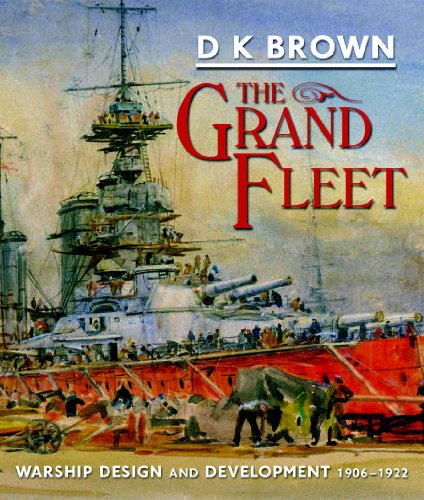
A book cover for The Grand Fleet: Warship Design and Development, 1906-1922; D. K. Brown; Arts & Photography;